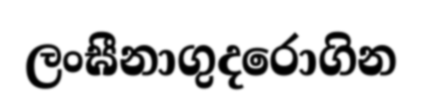
ලංඝීනාගුදරොගින